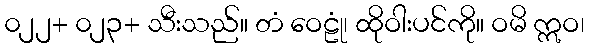
၀၂၂+ ၀၂၃+ သီးသည်။ တံ ဝေဠုံ၊ ထိုဝါးပင်ကို။ ဝမိ ဣဝ၊